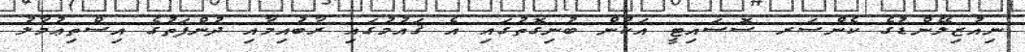
ނިއުޒިލޭންޑުގެ ކެންސަރ ސޮސައިޓީ އަކުން ބުނިގޮތުގައި އެ ޤައުމުގައި ރާބުއިމާއި ދުންފަތުގެ އިސްތިޢުމާލު